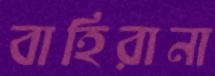
বাহিরানা